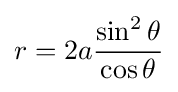
r=2a{\frac {\sin ^{2}\theta }{\cos \theta }}